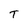
Character: T